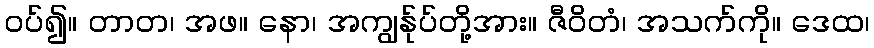
ဝပ်၍။ တာတ၊ အဖ။ နော၊ အကျွန်ုပ်တို့အား။ ဇီဝိတံ၊ အသက်ကို။ ဒေထ၊